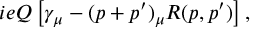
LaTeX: \displaystyle i e Q \left[ \gamma _ { \mu } - ( p + p ^ { \prime } ) _ { \mu } R ( p , p ^ { \prime } ) \right] ,